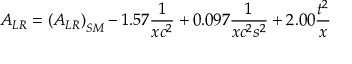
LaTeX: A _ { L R } = \left( A _ { L R } \right) _ { S M } - 1 . 5 7 { \frac { 1 } { x c ^ { 2 } } } + 0 . 0 9 7 { \frac { 1 } { x c ^ { 2 } s ^ { 2 } } } + 2 . 0 0 { \frac { t ^ { 2 } } { x } }